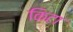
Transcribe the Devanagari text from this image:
किटा